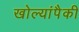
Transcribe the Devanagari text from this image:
खोल्यांपैकी